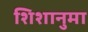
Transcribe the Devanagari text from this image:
शिशानुमा